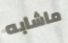
ماشابه